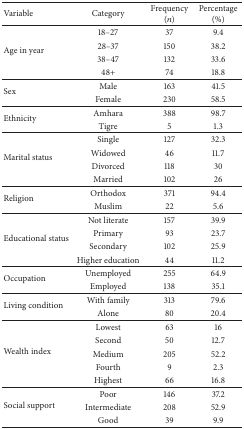
<table><thead><tr><td><b>Variable</b></td><td><b>Category</b></td><td><b>Frequency (<i>n</i>)</b></td><td><b>Percentage (%)</b></td></tr></thead><tbody><tr><td rowspan="4">Age in year</td><td>18–27</td><td>37</td><td>9.4</td></tr><tr><td>28–37</td><td>150</td><td>38.2</td></tr><tr><td>38–47</td><td>132</td><td>33.6</td></tr><tr><td>48+</td><td>74</td><td>18.8</td></tr><tr><td rowspan="2">Sex </td><td>Male</td><td>163</td><td>41.5</td></tr><tr><td>Female</td><td>230</td><td>58.5</td></tr><tr><td rowspan="2">Ethnicity </td><td>Amhara</td><td>388</td><td>98.7</td></tr><tr><td>Tigre</td><td>5</td><td>1.3</td></tr><tr><td rowspan="4">Marital status </td><td>Single</td><td>127</td><td>32.3</td></tr><tr><td>Widowed</td><td>46</td><td>11.7</td></tr><tr><td>Divorced</td><td>118</td><td>30</td></tr><tr><td>Married</td><td>102</td><td>26</td></tr><tr><td rowspan="2">Religion </td><td>Orthodox</td><td>371</td><td>94.4</td></tr><tr><td>Muslim</td><td>22</td><td>5.6</td></tr><tr><td rowspan="4">Educational status </td><td>Not literate</td><td>157</td><td>39.9</td></tr><tr><td>Primary</td><td>93</td><td>23.7</td></tr><tr><td>Secondary</td><td>102</td><td>25.9</td></tr><tr><td>Higher education</td><td>44</td><td>11.2</td></tr><tr><td rowspan="2">Occupation </td><td>Unemployed</td><td>255</td><td>64.9</td></tr><tr><td>Employed</td><td>138</td><td>35.1</td></tr><tr><td rowspan="2">Living condition </td><td>With family</td><td>313</td><td>79.6</td></tr><tr><td>Alone</td><td>80</td><td>20.4</td></tr><tr><td rowspan="5">Wealth index </td><td>Lowest</td><td>63</td><td>16</td></tr><tr><td>Second</td><td>50</td><td>12.7</td></tr><tr><td>Medium</td><td>205</td><td>52.2</td></tr><tr><td>Fourth</td><td>9</td><td>2.3</td></tr><tr><td>Highest</td><td>66</td><td>16.8</td></tr><tr><td rowspan="3">Social support </td><td>Poor</td><td>146</td><td>37.2</td></tr><tr><td>Intermediate</td><td>208</td><td>52.9</td></tr><tr><td>Good</td><td>39</td><td>9.9</td></tr></tbody></table>